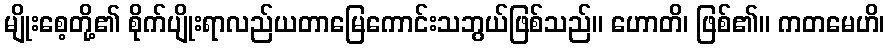
မျိုးစေ့တို့၏ စိုက်ပျိုးရာလည်ယတာမြေကောင်းသဘွယ်ဖြစ်သည်။ ဟောတိ၊ ဖြစ်၏။ ကတမေဟိ၊